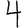
Digit: 4